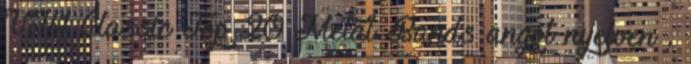
VH1 Classic Top 20 Metal Bands angol nyelven .